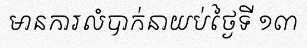
មានការលំបាក់នាយប់ថ្ងៃទី ១៣